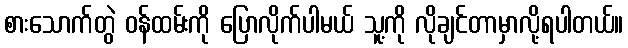
စားသောက်တွဲ ဝန်ထမ်းကို ပြောလိုက်ပါမယ် သူ့ကို လိုချင်တာမှာလို့ရပါတယ်။